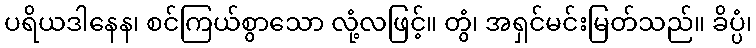
ပရိယဒါနေန၊ စင်ကြယ်စွာသော လုံ့လဖြင့်။ တွံ၊ အရှင်မင်းမြတ်သည်။ ခိပ္ပံ၊